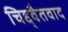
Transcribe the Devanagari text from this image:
चिद्द्वैतवाद